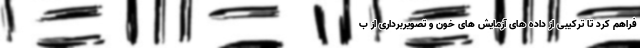
فراهم کرد تا ترکیبی از داده های آزمایش های خون و تصویربرداری از ب